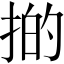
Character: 𢯊